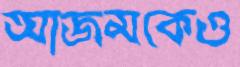
আজমকেও